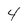
Character: 4